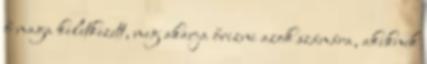
ő maga keletkezett, meg akarja őrizni azok számára, akiknek